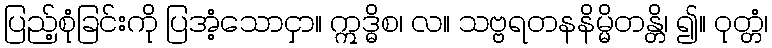
ပြည့်စုံခြင်းကို ပြအံ့သောငှာ။ ဣဒ္ဓိစ၊ လ။ သဗ္ဗရတနနိမ္မိတန္တိ၊ ၍။ ဝုတ္တံ၊